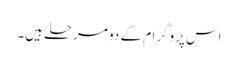
اس پروگرام کے دو مرحلے ہیں۔